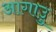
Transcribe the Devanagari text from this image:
आगाउु